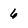
Character: 6